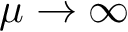
\mu \to \infty